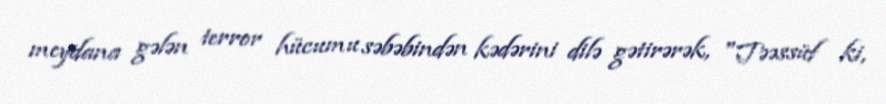
meydana gələn terror hücumu səbəbindən kədərini dilə gətirərək, "Təəssüf ki,